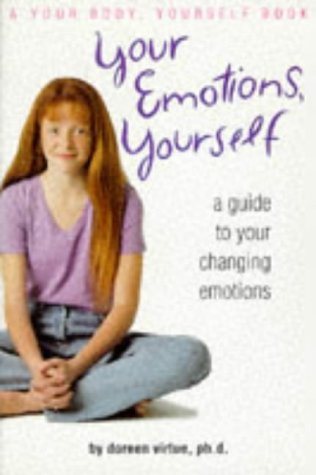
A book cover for Your Emotions, Yourself: A Guide to Your Changing Emotions (Your Body, Your Self Book); Doreen Virtue; Teen & Young Adult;